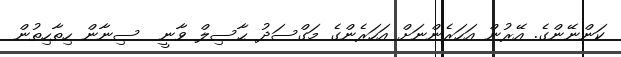
ކަންނޭންގެ. އޭރުން އަހަރެންނަށް އަހަރެންގެ މަގްސަދު ޙާސިލް ވާނީ  ސިނާން ހިތާހިތުން